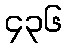
၄၃၆